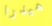
هيدرا